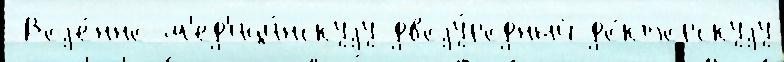
 Воjе́нно-м'ед'ици́нскуjу двоjу́родный до́кторскуjу